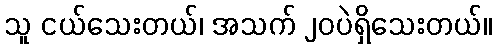
သူ ငယ်သေးတယ်၊ အသက် ၂၀ပဲရှိသေးတယ်။